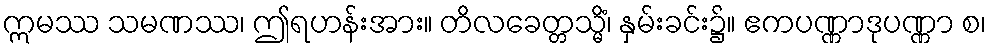
ဣမဿ သမဏဿ၊ ဤရဟန်းအား။ တိလခေတ္တသ္မိံ၊ နှမ်းခင်း၌။ ဧကပဏ္ဏာဒုပဏ္ဏာ စ၊